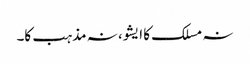
نہ مسلک کا ایشو، نہ مذہب کا۔